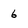
Character: 6